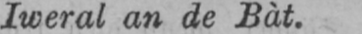
Iweral an de Bàt.